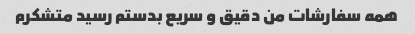
همه سفارشات من دقیق و سریع بدستم رسید متشکرم